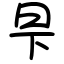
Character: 𬀧